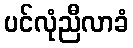
ပင်လုံညီလာခံ